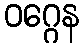
ဝဂ္ဂေန